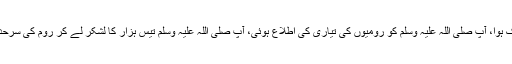
9 ھ…اس سال غزوہٴ تبوک ہوا، آپ صلی اللہ علیہ وَسلم کو رُومیوں کی تیارِی کی اِطلاع ہوئی، آپ صلی اللہ علیہ وَسلم تیس ہزار کا لشکر لے کر روم کی سرحد پر مقامِ تبوک پہنچ گئے۔